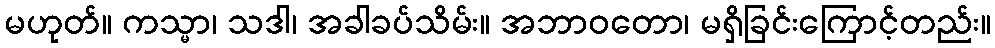
မဟုတ်။ ကသ္မာ၊ သဒါ၊ အခါခပ်သိမ်း။ အဘာဝတော၊ မရှိခြင်းကြောင့်တည်း။